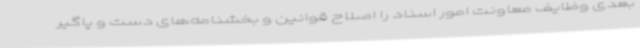
بعدی وظایف معاونت امور اسناد را اصلاح قوانین و بخشنامه‌های دست و پاگیر